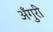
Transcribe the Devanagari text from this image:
अँगुरी